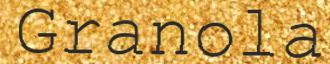
Granola